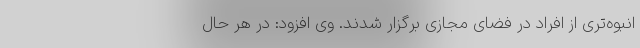
انبوه‌تری از افراد در فضای مجازی برگزار شدند. وی افزود: در هر حال